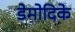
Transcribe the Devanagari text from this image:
डेमोदिके